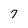
Character: 7